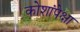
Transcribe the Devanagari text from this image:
कोशांपेक्षा